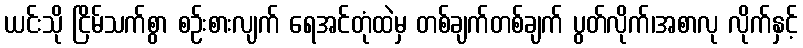
ယင်းသို ငြိမ်သက်စွာ စဉ်းစားလျက် ရေအင်တုံထဲမှ တစ်ချက်တစ်ချက် ပွတ်လိုက်၊အစာလု လိုက်နှင့်